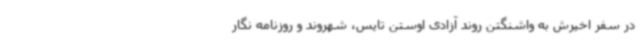
در سفر اخیرش به واشنگتن روند آزادی اوستن تایس، شهروند و روزنامه نگار